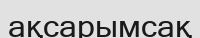
ақсарымсақ